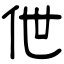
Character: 伳